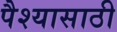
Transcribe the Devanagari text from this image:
पैश्यासाठी